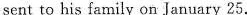
sent to his family on January 25;